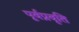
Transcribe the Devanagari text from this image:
पूर्वप्रवृति